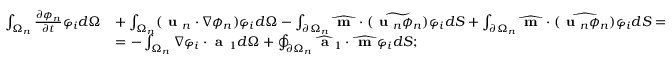
\begin{array} { r l } { \int _ { \Omega _ { n } } \frac { \partial \phi _ { n } } { \partial t } \varphi _ { i } d \Omega } & { + \int _ { \Omega _ { n } } ( \textbf { u } _ { n } \cdot \nabla \phi _ { n } ) \varphi _ { i } d \Omega - \int _ { \partial \Omega _ { n } } \widehat { \textbf { m } } \cdot \widetilde { ( \textbf { u } _ { n } \phi _ { n } ) } \varphi _ { i } d S + \int _ { \partial \Omega _ { n } } \widehat { \textbf { m } } \cdot \widehat { ( \textbf { u } _ { n } \phi _ { n } ) } \varphi _ { i } d S = } \\ & { = - \int _ { \Omega _ { n } } \nabla \varphi _ { i } \cdot \textbf { a } _ { 1 } d \Omega + \oint _ { \partial \Omega _ { n } } \widehat { \textbf { a } } _ { 1 } \cdot \widehat { \textbf { m } } \varphi _ { i } d S ; } \end{array}